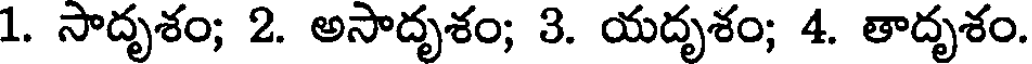
1. సాదృశం; 2. అసాదృశం; 3. యదృశం; 4. తాదృశం.